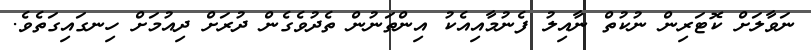
ނަވާލަށް ކޮޓަރިން ނުކުތް ނާއިލު ފެނުމާއިއެކު އިންތަނުން ތެދުވެގެން ދުރަށް ދިއުމަށް ހިނގައިގަތެވެ.